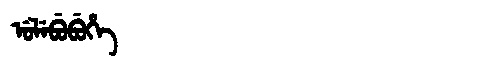
Manchu: ᡠᠯᡝᠪᡠᠪᡠᡥᡝ
Romanization: ULEBUBUHE